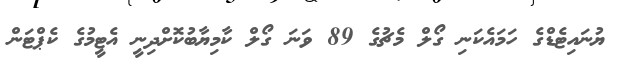
ޔުނައިޓެޑްގެ ހަމައެކަނި ގޯލް މެޗުގެ 89 ވަނަ ގޯލް ކާމިޔާބުކޮށްދިނީ އެޓީމުގެ ކެޕްޓަން